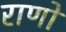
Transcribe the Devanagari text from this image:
राणों